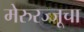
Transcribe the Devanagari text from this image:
मेरुरज्जूचा